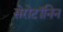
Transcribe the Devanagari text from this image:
सेरोटॉनिन